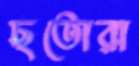
ছতোরা